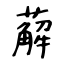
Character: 薢